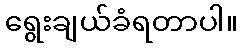
ရွေးချယ်ခံရတာပါ။